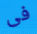
فى